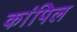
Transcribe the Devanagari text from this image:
कांपिल